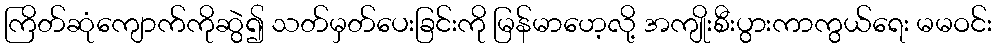
ကြိတ်ဆုံကျောက်ကိုဆွဲ၍ သတ်မှတ်ပေးခြင်းကို မြန်မာဟေ့လို့ အကျိုးစီးပွားကာကွယ်ရေး မမဝင်း